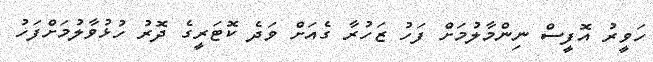
ހަވީރު އޮފީސް ނިންމާލުމަށް ފަހު ޒަހުރާ ގެއަށް ވަދެ ކޮޓަރީގެ ދޮރު ހުޅުވާލުމަށްފަހު